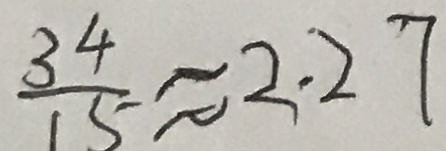
\frac { 3 4 } { 1 5 } \approx 2 . 2 7